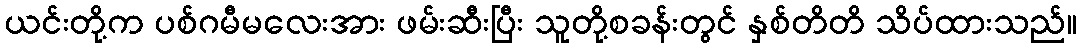
ယင်းတို့က ပစ်ဂမီမလေးအား ဖမ်းဆီးပြီး သူတို့စခန်းတွင် နှစ်တိတိ သိပ်ထားသည်။